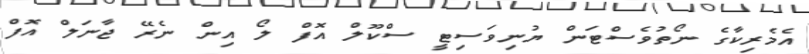
އެމެރިކާގެ ނޯތުވެސްޓަން ޔުނިވަސިޓީ ސްކޫލް އޮފް ލޯ އިން ނެރޭ ޖާނަލް އޮފް